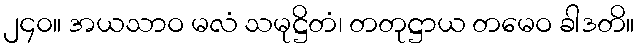
၂၄၀။ အယသာဝ မလံ သမုဋ္ဌိတံ၊ တတုဋ္ဌာယ တမေဝ ခါဒတိ။